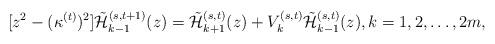
LaTeX: \begin{align*}[z^2-(\kappa^{(t)})^2]\tilde{\cal H}_{k-1}^{(s,t+1)}(z)=\tilde{\cal H}_{k+1}^{(s,t)}(z)+V_{k}^{(s,t)}\tilde{\cal H}_{k-1}^{(s,t)}(z),k=1,2,\dots,2m,\end{align*}